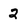
Character: 2